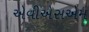
એવીએસએમ